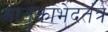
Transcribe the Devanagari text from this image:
मातृकाभेदतंत्र